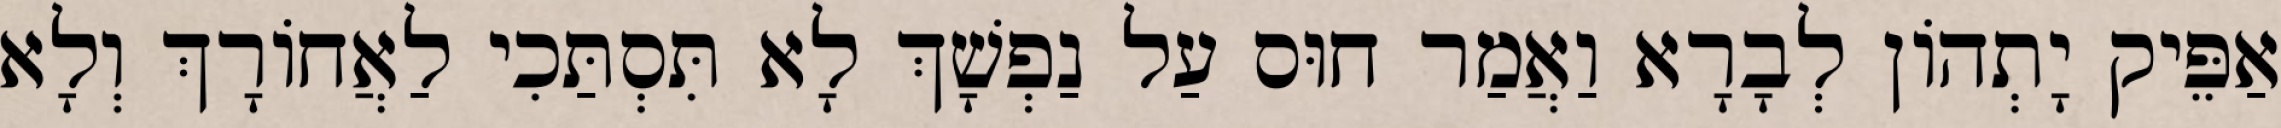
אַפֵּיק יָתְהוֹן לְבָרָא וַאֲמַר חוּס עַל נַפְשָׁךְ לָא תִּסְתַּכִי לַאֲחוֹרָךְ וְלָא